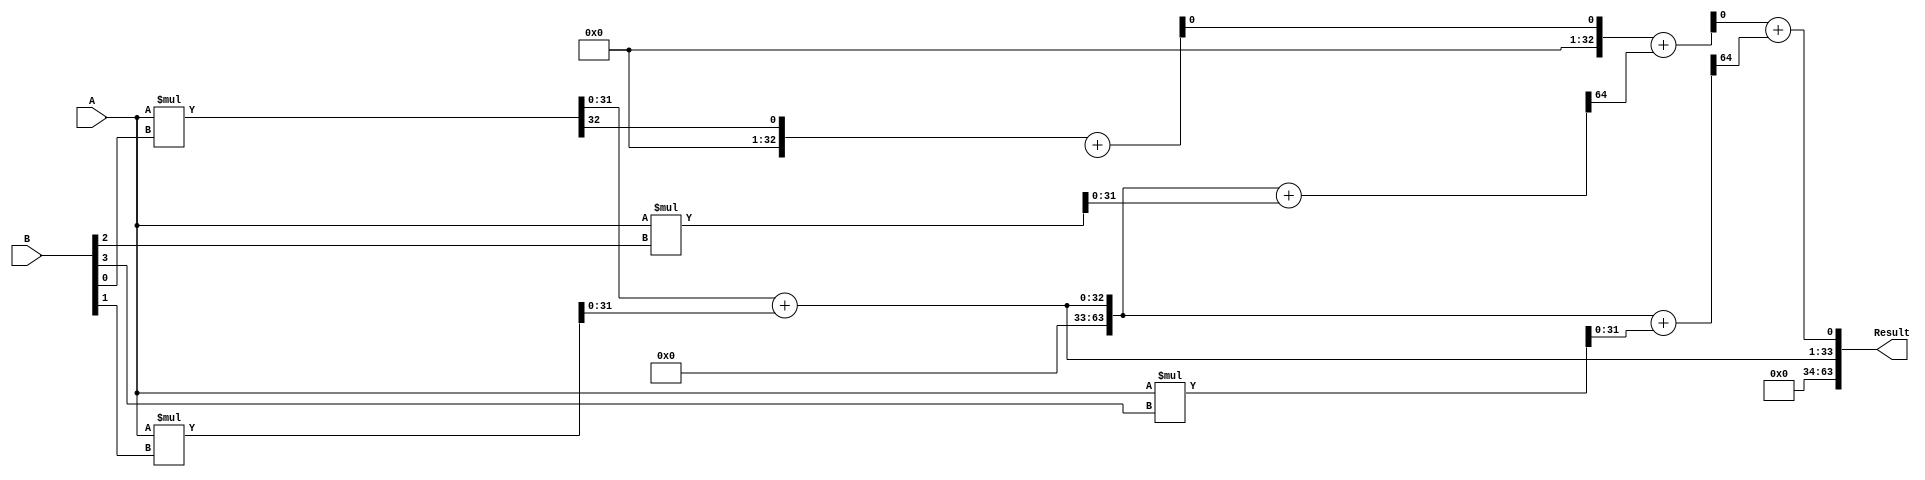
module carry_save_multiplier(input [31:0] A, input [31:0] B, output [63:0] Result);

    wire [31:0] P0, P1, P2, P3;
    wire [32:0] C0, C1, C2;
    
    // First stage
    // Compute partial products
    assign {C0, P0} = A * B[0];
    assign {C1, P1} = A * B[1];
    assign {C2, P2} = A * B[2];
    assign {C3, P3} = A * B[3];
    
    // Second stage
    // Add partial products and propagate carries
    wire [63:0] S1;
    wire [33:0] C;
    assign {C[0], S1} = P0 + P1;
    assign C1 = C0 + C[1];
    assign {C[2], S1} = S1 + P2;
    assign C2 = C1 + C[2];
    assign {C[3], S1} = S1 + P3;
    assign C3 = C2 + C[3];
    
    // Final result
    assign Result = {S1, C3};
    
endmodule